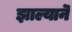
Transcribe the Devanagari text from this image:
झाल्यानॆ